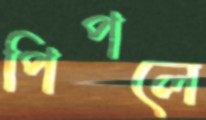
পিপলে